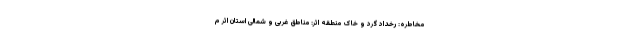
مخاطره: رخداد گرد و خاک منطقه اثر: مناطق غربی و شمالی استان اثر م